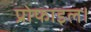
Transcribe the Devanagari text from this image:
प्रोफाइल।